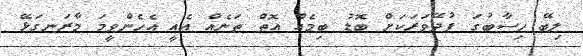
ލިބޭ ހިސާބުގަ ފުދޭވަރަކަށް ބޮޑު ބިމެއް އޮތް ތަނެއް އެއީ އެހެންވީމަ މާރަނގަޅޭ